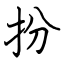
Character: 扮